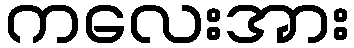
ကလေးအား